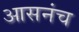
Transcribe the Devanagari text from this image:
आसनंच